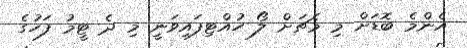
އެންމެ ބޮޑަށް މި މެޗަށް ލޯ ހުއްޓިފައިވަނީ މި ދެ ޓީމު ފަހުގެ